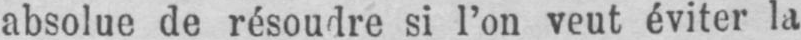
absolue de résoudre si l’on veut éviter la